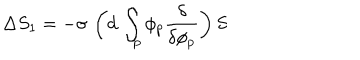
\Delta S _ { 1 } = - \sigma \, \left( d \, \int _ { p } \phi _ { p } \frac { \delta } { \delta \phi _ { p } } \right) S